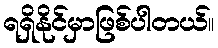
ရရှိနိုင်မှာဖြစ်ပါတယ်။